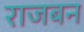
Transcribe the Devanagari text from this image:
राजबन